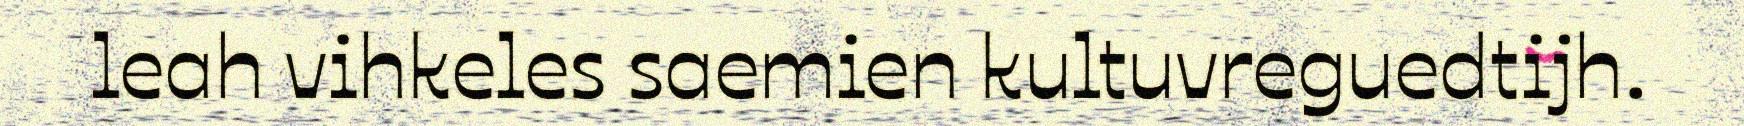
leah vihkeles saemien kultuvreguedtijh.